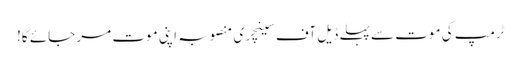
ٹرمپ کی موت سے پہلے ڈیل آف سینچری منصوبہ اپنی موت مر جائے گا!